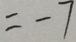
= - 7